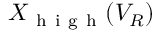
X _ { \mathrm { ~ h ~ i ~ g ~ h ~ } } ( V _ { R } )